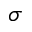
\sigma